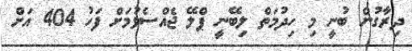
ދިރާގުން ބުނީ މި ހިދުމަތް ލިބޭނީ ޕްލޭ ޖެއްސެވުމަށް ފަހު 404 އަށް